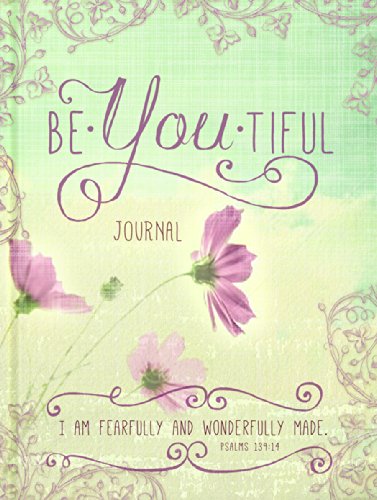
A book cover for Be-you-tiful (Signature Journals); Ellie Claire; Self-Help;